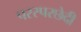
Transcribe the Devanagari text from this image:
परस्परछेदी